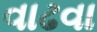
વાઢવા